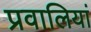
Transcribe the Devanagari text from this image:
प्रवालियां